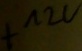
Text: +12V